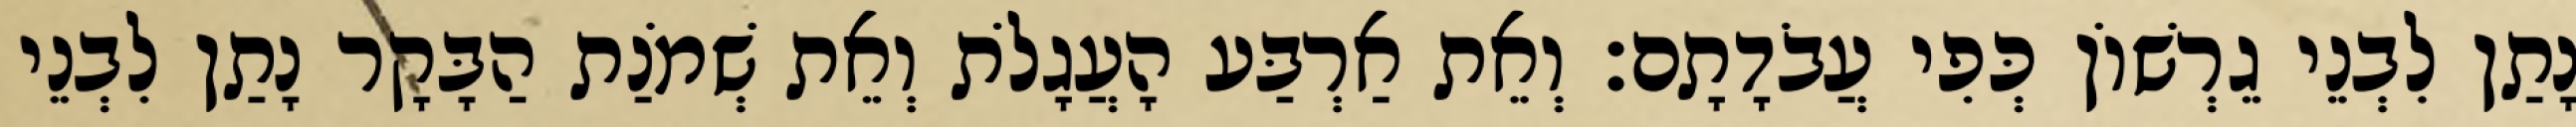
נָתַן לִבְנֵי גֵרְשׁוֹן כְּפִי עֲבֹדָתָם׃ וְאֵת אַרְבַּע הָעֲגָלֹת וְאֵת שְׁמֹנַת הַבָּקָר נָתַן לִבְנֵי